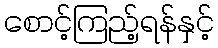
စောင့်ကြည့်ရန်နှင့်